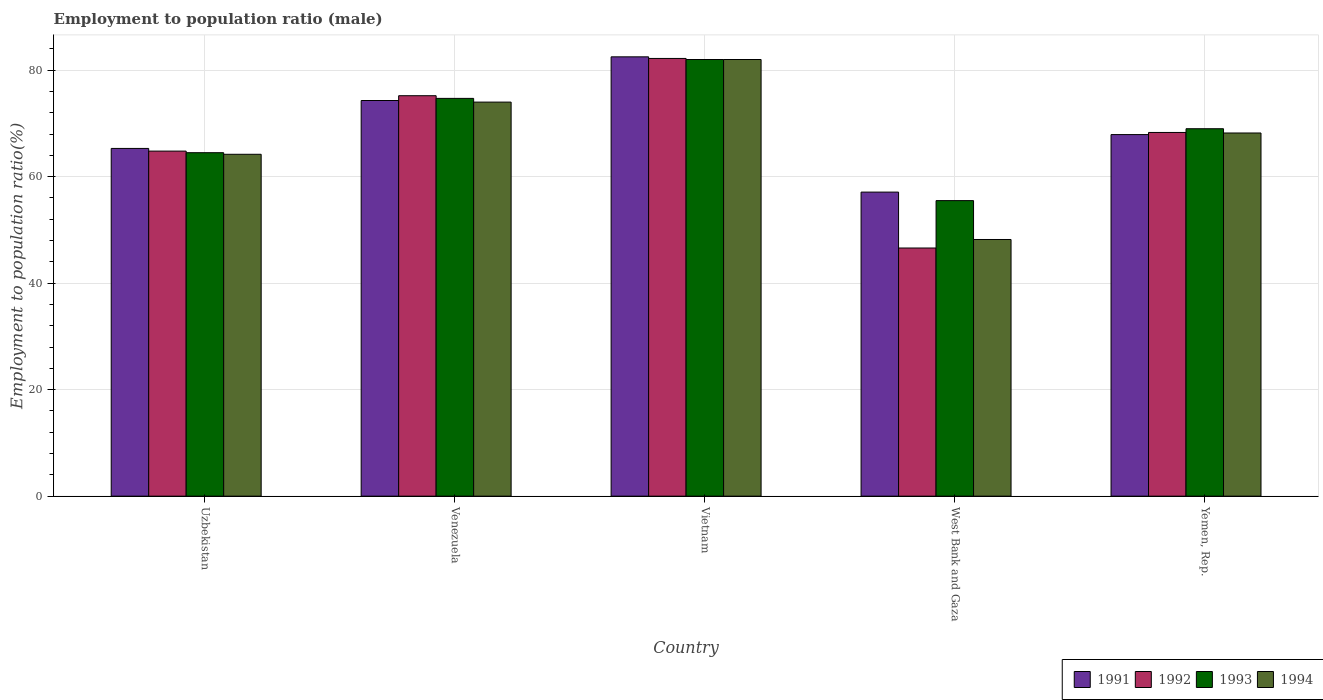
| Country | 1991 | 1992 | 1993 | 1994 |
 | --- | --- | --- | --- | --- |
 | Uzbekistan | 65.3 | 64.8 | 64.5 | 64.2 |
 | Venezuela | 74.3 | 75.2 | 74.7 | 74 |
 | Vietnam | 82.5 | 82.2 | 82 | 82 |
 | West Bank and Gaza | 57.1 | 46.6 | 55.5 | 48.2 |
 | Yemen, Rep. | 67.9 | 68.3 | 69 | 68.2 |